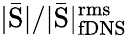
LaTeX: |\mathrm{\bar{S}|/|\mathrm{\bar{S}|_{\mathrm{fDNS}}^{\mathrm{rms}}}}